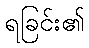
ရခြင်း၏